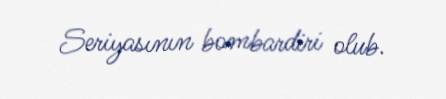
Seriyasının bombardiri olub.